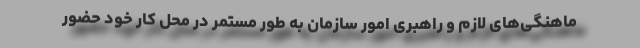
ماهنگی‌های لازم و راهبری امور سازمان به طور مستمر در محل کار خود حضور